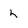
Character: h